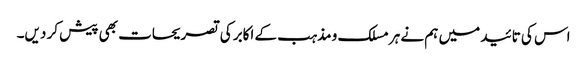
اس کی تائید میں ہم نے ہر مسلک و مذہب کے اکابر کی تصریحات بھی پیش کر دیں۔